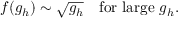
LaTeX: f ( g _ { h } ) \sim \sqrt { g _ { h } } \quad \mathrm { f o r ~ l a r g e } ~ g _ { h } .